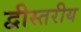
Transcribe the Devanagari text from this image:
द्वीस्तरीय